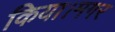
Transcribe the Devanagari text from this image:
किया।मगर